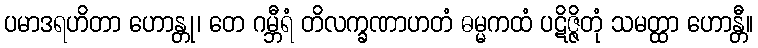
ပမာဒရဟိတာ ဟောန္တု၊ တေ ဂမ္ဘီရံ တိလက္ခဏာဟတံ ဓမ္မကထံ ပဋိဇ္ဇိတုံ သမတ္ထာ ဟောန္တီ။